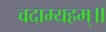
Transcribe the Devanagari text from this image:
वदाम्यहम्॥